Leningradi_Edasi_toimetus, lk 132
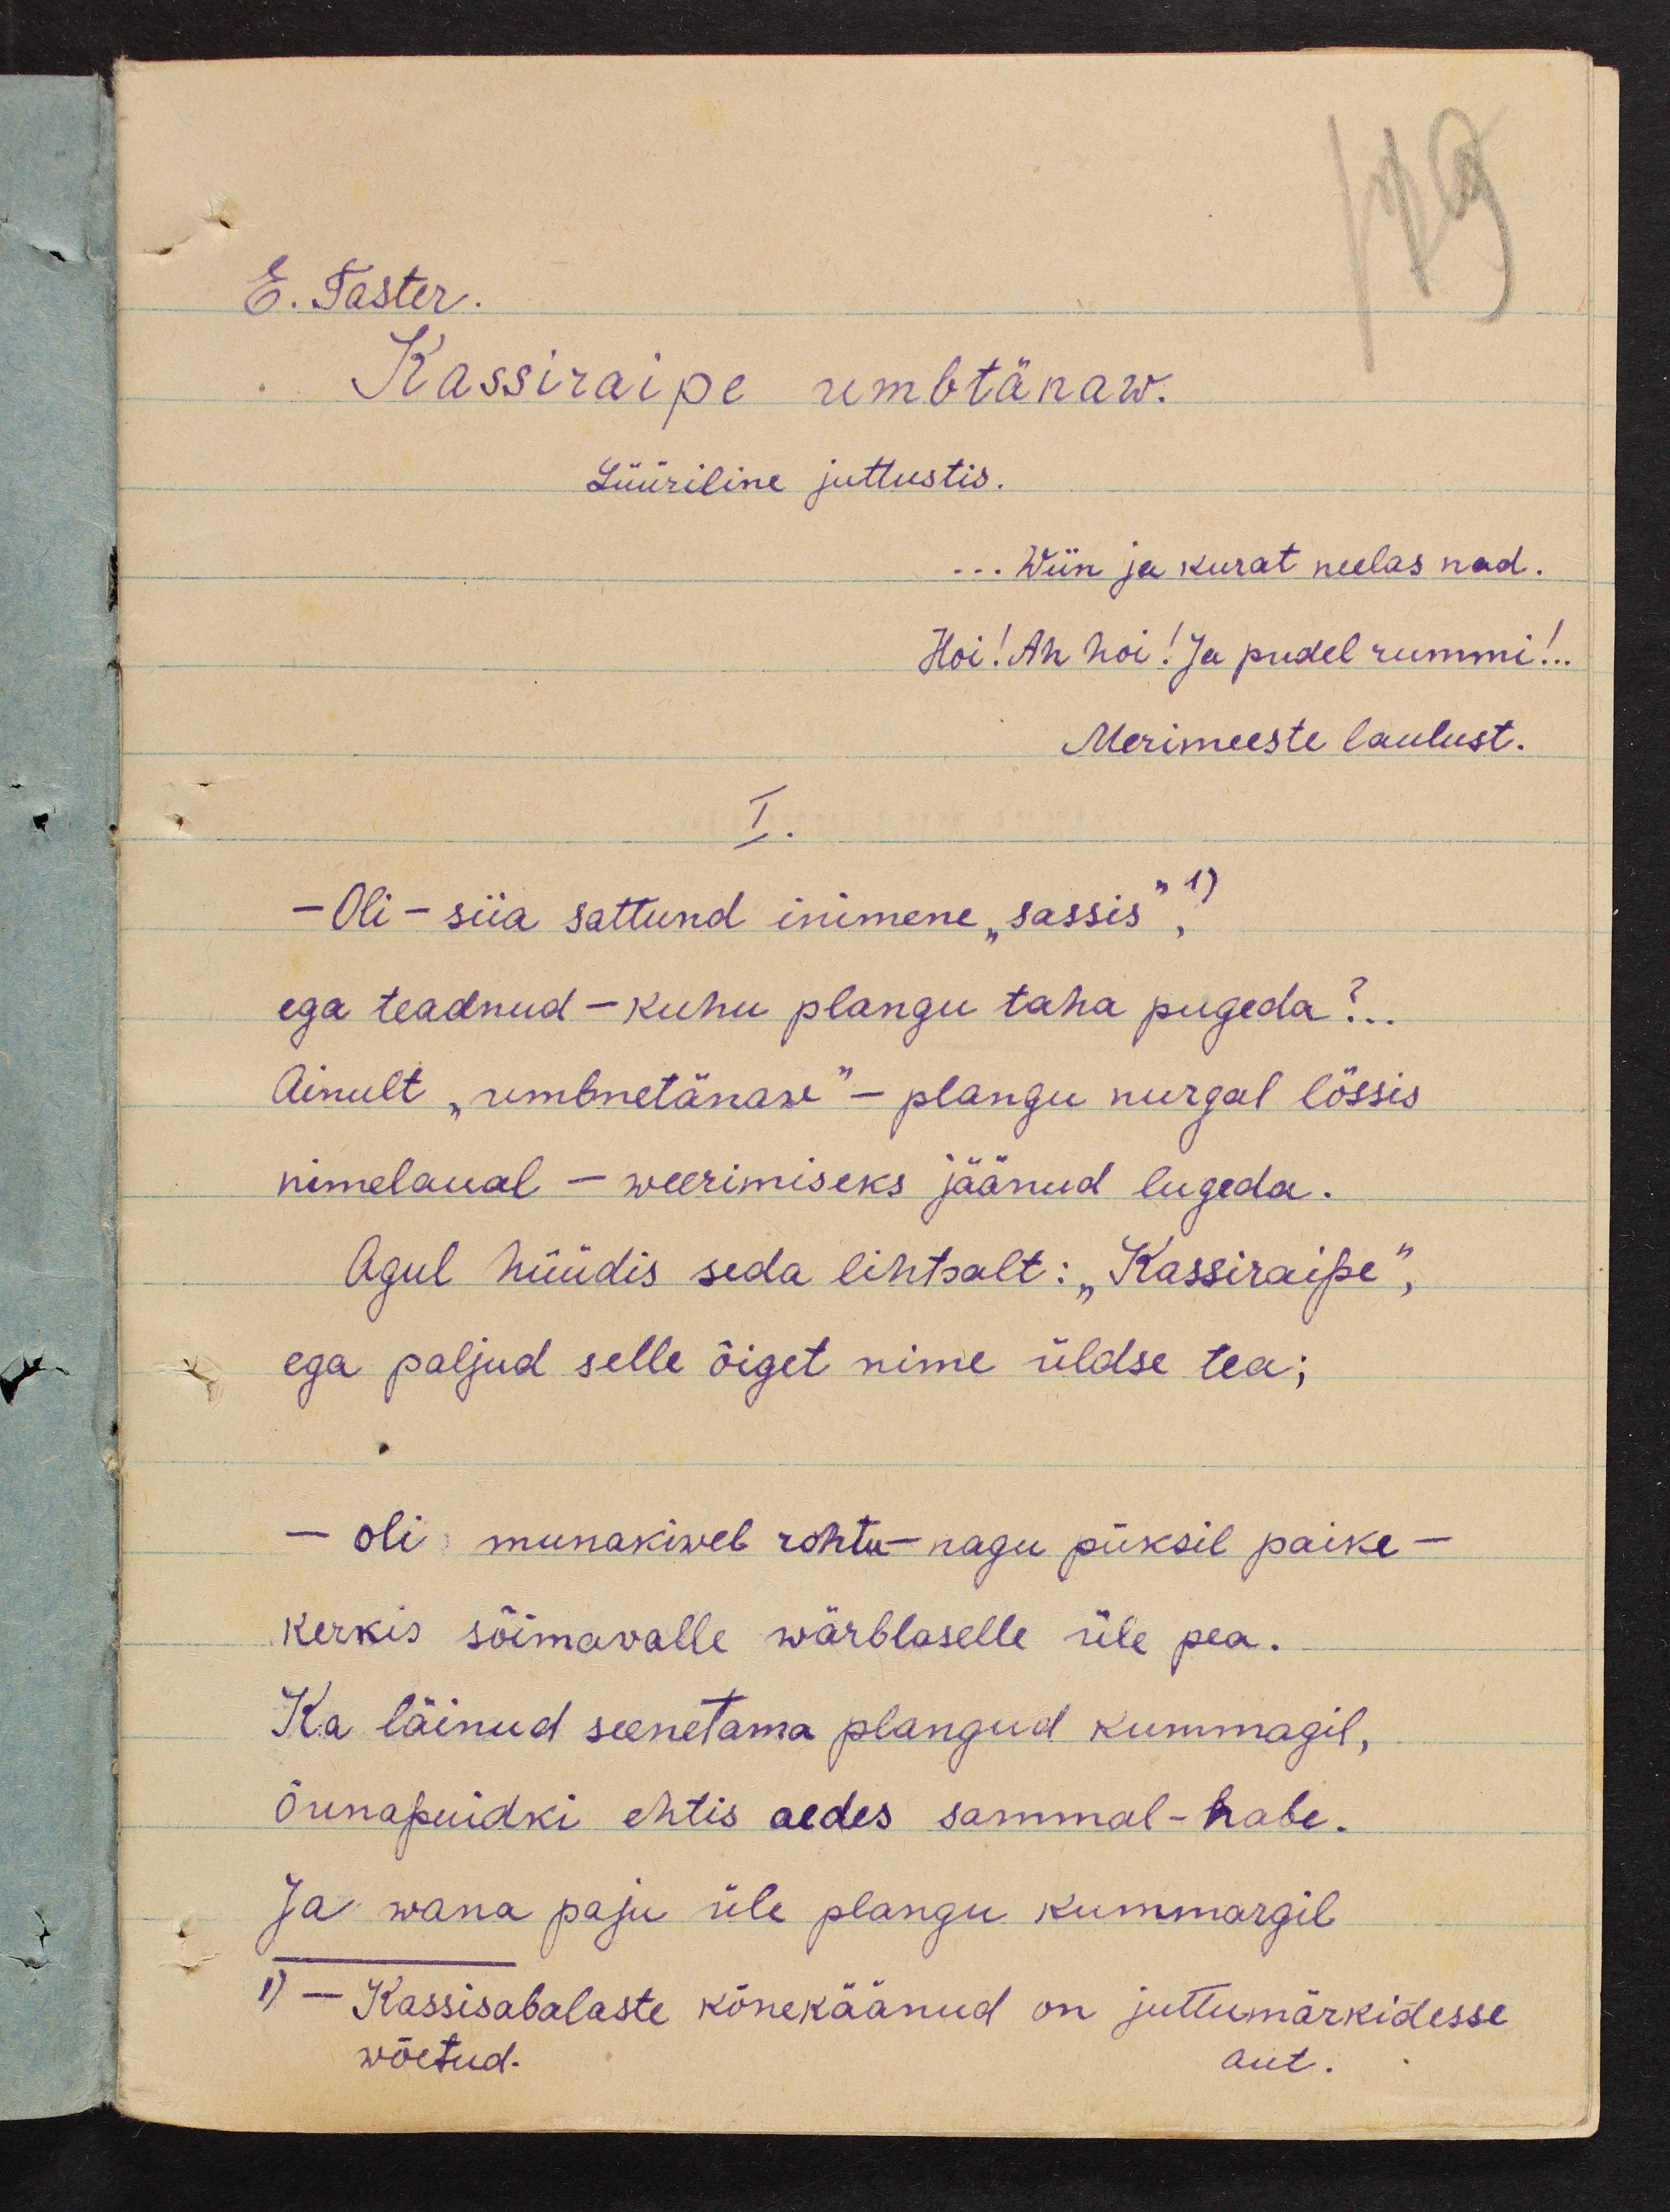
E. Taster.
Kassiraipe umbtänaw.
Lüüriline jutlustis.
.. Wiin ja kurat neelas nad.
Hoi! Ah hoi! Ja pudel rummi!..
Merimeeste laulust.
I.
- Oli - siia sattund inimene "sassis", 1)
ega teadnud - kuhu plangu taha pugeda?..
Ainult "umbnetänaw" - plangu nurgal lössis
nimelaual - weerimiseks jäänud lugeda.
Agul hüüdis seda lihtsalt: "Kassiraipe",
ega paljud selle õiget nime üldse tea;
– oli: munakiwel rohtu -nagu püksil paike-
kerkis sõimavalle wärblaselle üle pea.
Ka läinud seenetama plangud kummagil,
õunapuidki ehtis aedes sammal-habe.
Ja wana paju üle plangu kummargil
1) - Kassisabalaste kõnekäänud on juttumärkidesse
wõetud.
aut.